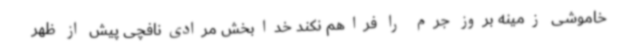
خاموشی زمینه بروز جرم را فراهم نکند خدابخش مرادی‌نافچی پیش از ظهر